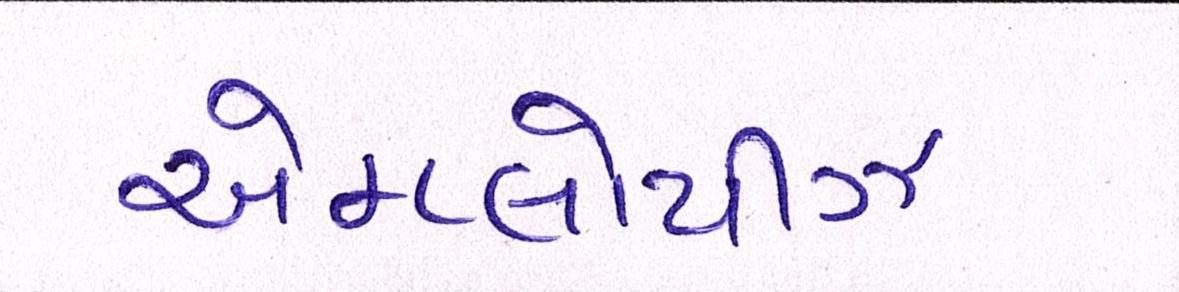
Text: એમ્પ્લોયીઝ